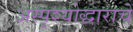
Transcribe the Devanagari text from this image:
अस्पृश्योद्धाराचे